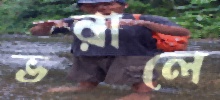
ভরালে